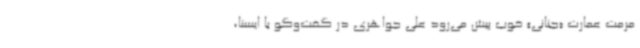
مرمت عمارت «جنانی» خوب پیش می‌رود علی جواهری در گفت‌وگو با ایسنا،